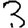
Digit: 3